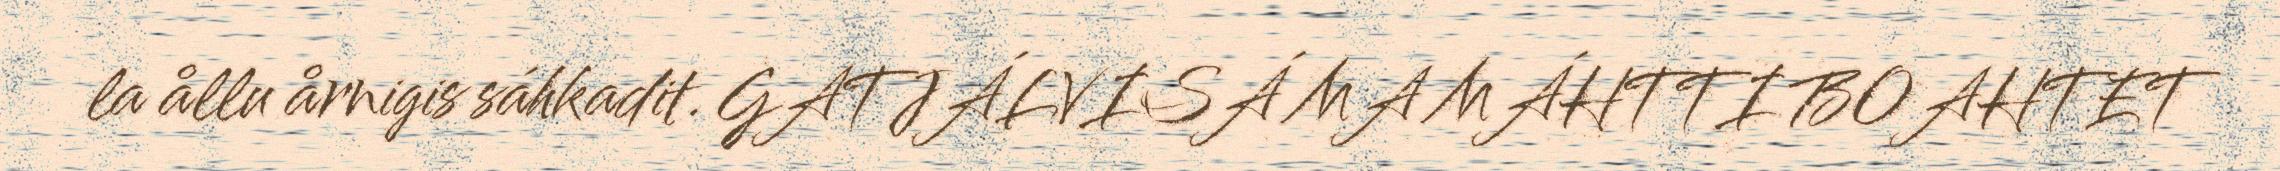
la ållu årnigis sáhkadit. GATJÁLVISÁ MA MÁHTTI BOAHTET